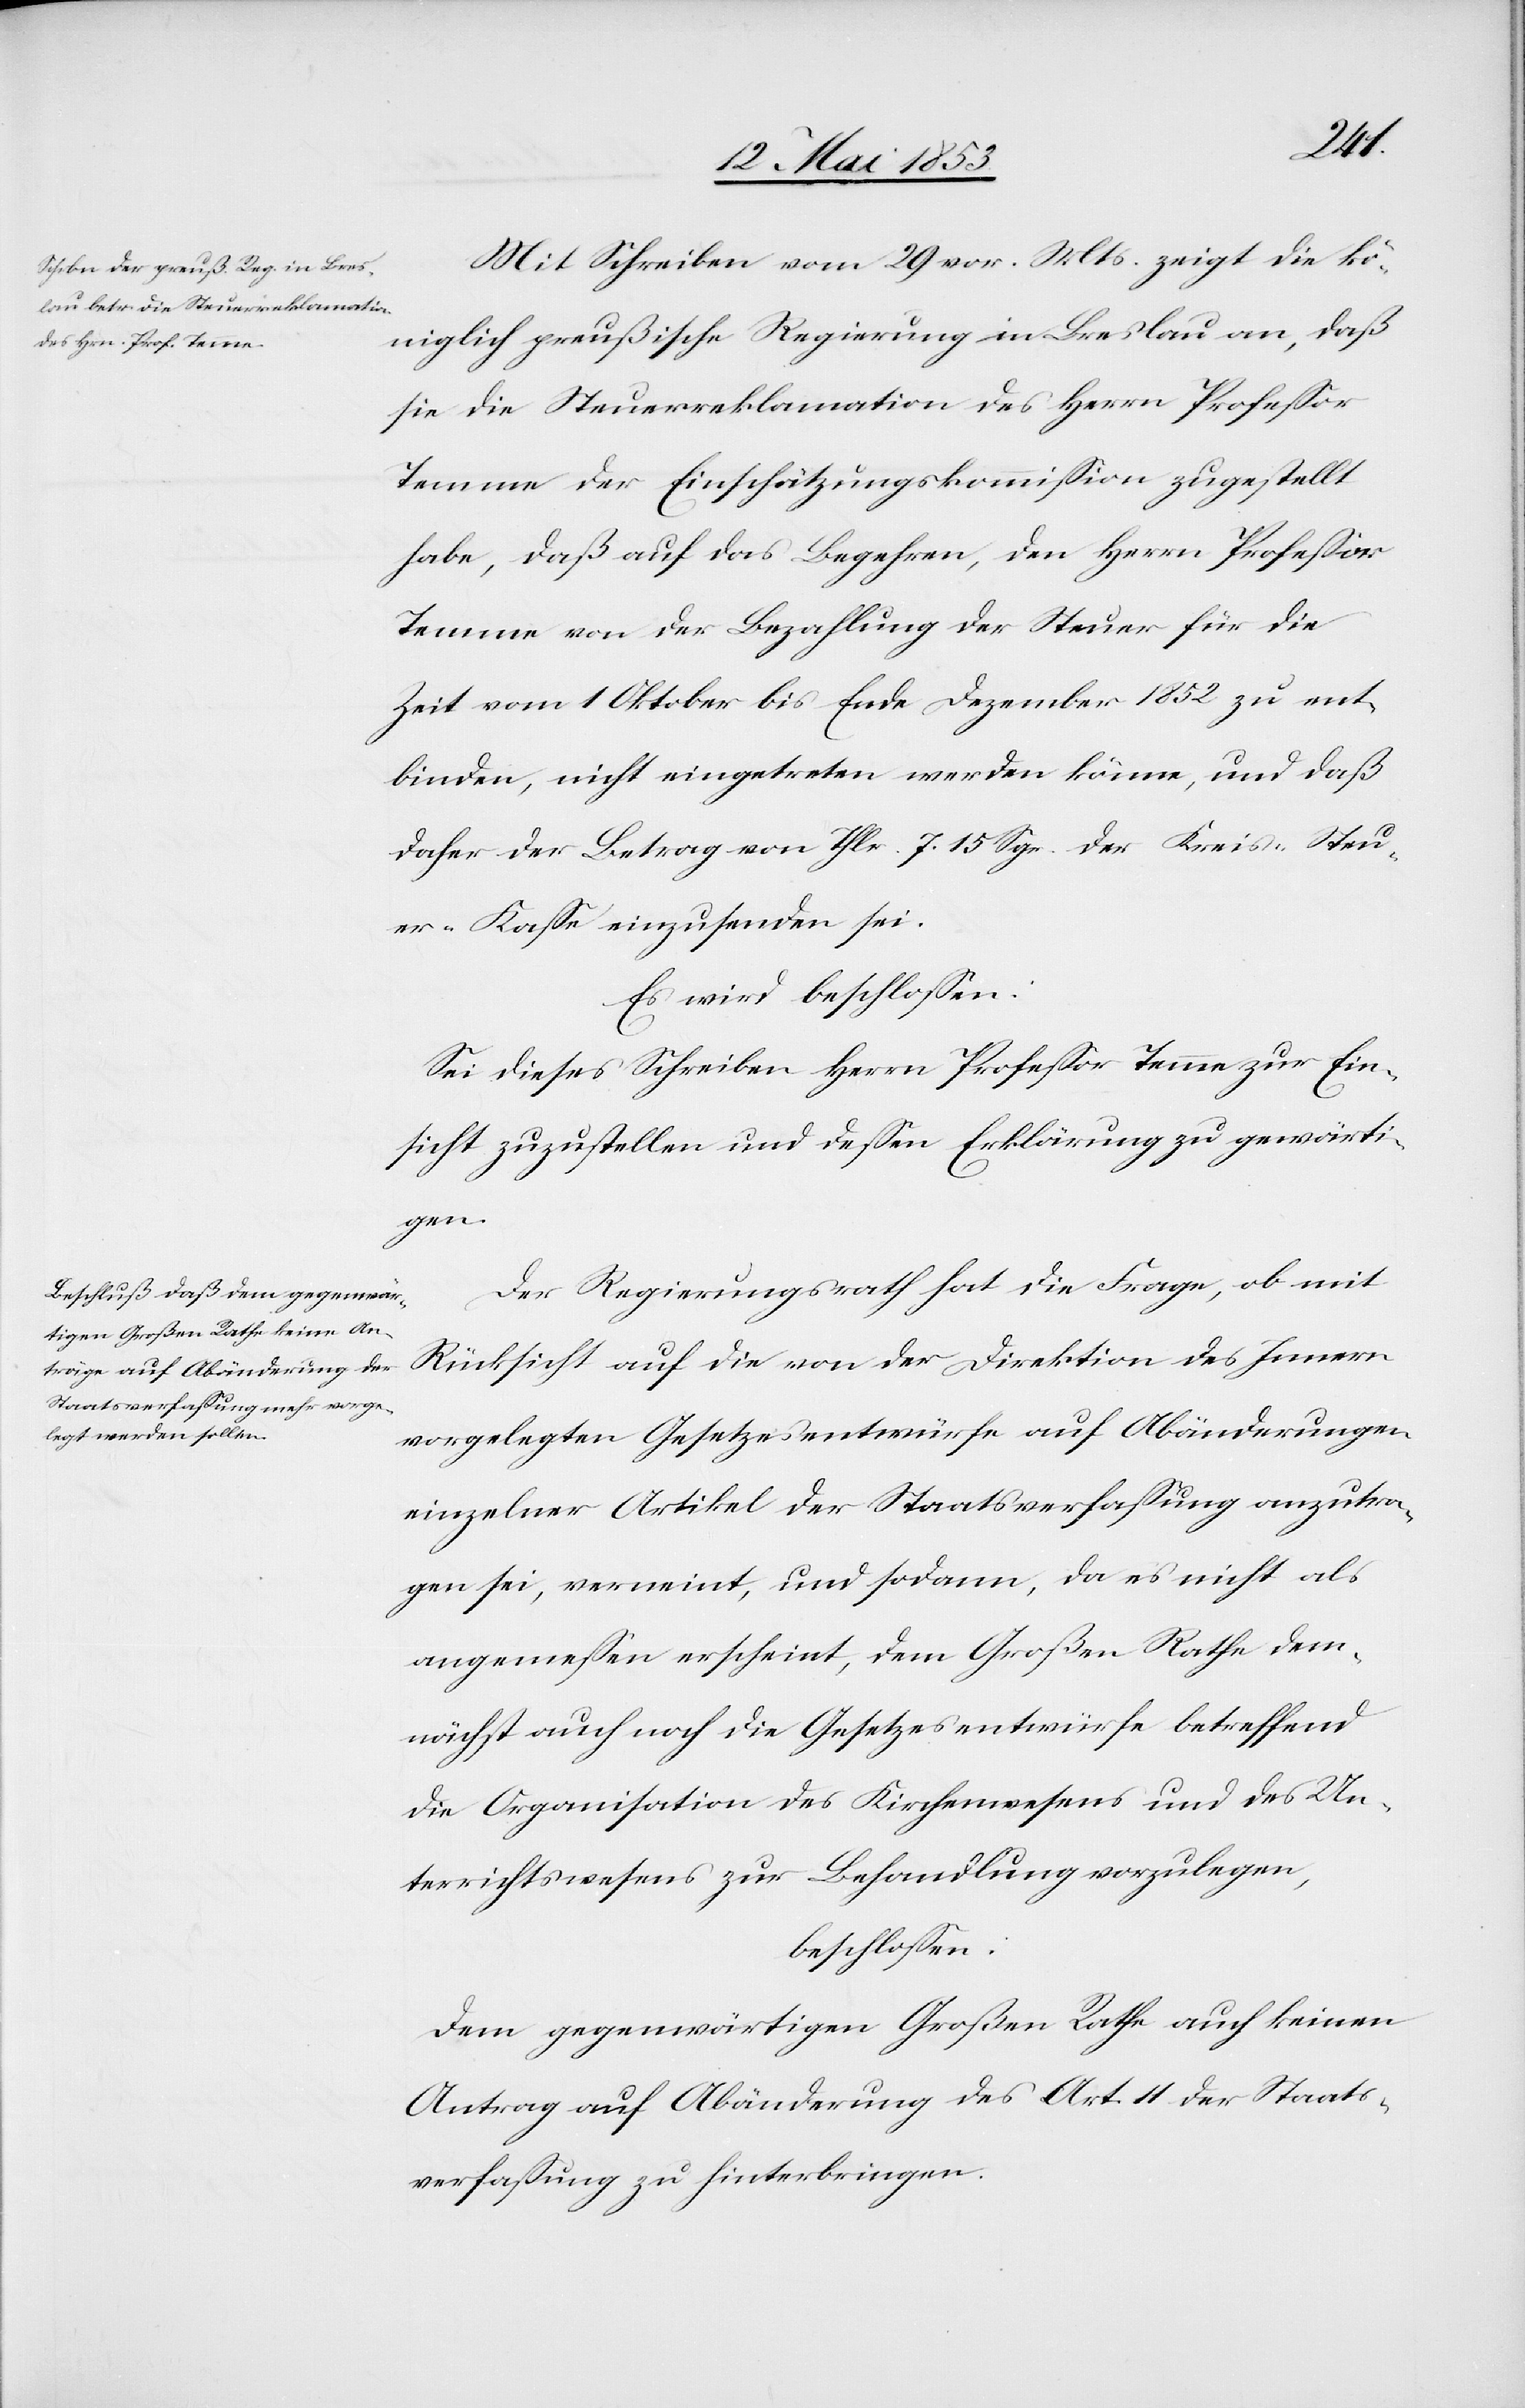
Mit Schreiben vom 29 vor. Mts. zeigt die kö¬
niglich preußische Regierung in Breslau an, daß
sie die Steuerreklamation des Herrn Profeßor
Temme der Einschätzungskommißion zugestellt
habe, daß auf das Begehren, den Herrn Profeßor
Temme von der Bezahlung der Steuer für die
Zeit vom 1 Oktober bis Ende Dezember 1852 zu ent¬
binden, nicht eingetreten werden könne, und daß
daher der Betrag von Thlr. 7. 15 Sgr. der Kreis-Steu¬
er-Kaße einzusenden sei.
Es wird beschloßen:
Sei dieses Schreiben Herrn Profeßor Temme zur Ein¬
sicht zuzustellen und deßen Erklärung zu gewärti¬
gen.
Der Regierungsrath hat die Frage, ob mit
Rücksicht auf die von der Direktion des Innern
vorgelegten Gesetzesentwürfe auf Abänderungen
einzelner Artikel der Staatsverfassung anzutra¬
gen sei, verneint, und sodann, da es nicht als
angemessen erscheint, dem Großen Rathe dem¬
nächst auch noch die Gesetzesentwürfe betreffend
die Organisation des Kirchenwesens und des Un¬
terrichtswesens zur Behandlung vorzulegen,
beschlossen:
Dem gegenwärtigen Großen Rathe auch keinen
Antrag auf Abänderung des Art. 11 der Staats¬
verfassung zu hinterbringen.